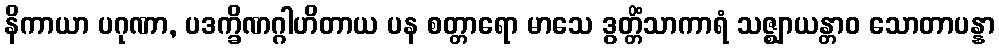
နိကာယာ ပဂုဏာ, ပဒက္ခိဏဂ္ဂါဟိတာယ ပန စတ္တာရော မာသေ ဒွတ္တိံသာကာရံ သဇ္ဈာယန္တာဝ သောတာပန္နာ